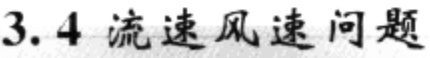
3.4 流速风速问题